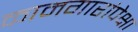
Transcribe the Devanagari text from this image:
कामगारांपेक्षा